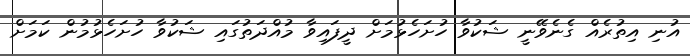
އުނި އިތުރެއް ގެނެވޭނީ ޝަކުވާ ހުށަހެޅުމަށް ދީފައިވާ މުއްދަތުގައި ޝަކުވާ ހުށަހެޅުމުން ކަމަށް